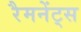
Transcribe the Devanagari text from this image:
रैमनेंट्स